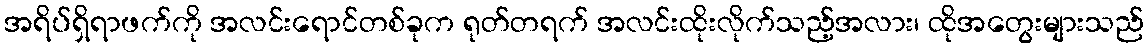
အရိပ်ရှိရာဖက်ကို အလင်းရောင်တစ်ခုက ရုတ်တရက် အလင်းထိုးလိုက်သည့်အလား၊ ထိုအတွေးများသည်